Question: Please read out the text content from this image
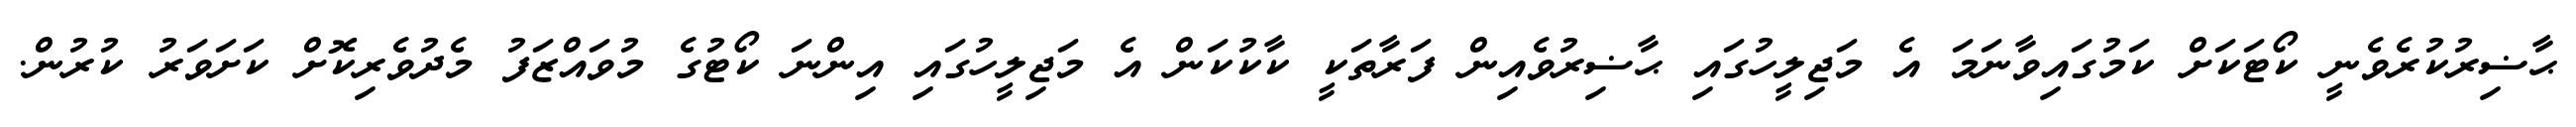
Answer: ޙާޟިރުކުރެވެނީ ކޯޓަކަށް ކަމުގައިވާނަމަ އެ މަޖިލީހުގައި ޙާޟިރުވެއިން ފަރާތަކީ ކާކުކަން އެ މަޖިލީހުގައި އިންނަ ކޯޓުގެ މުވައްޒަފު މެދުވެރިކޮށް ކަށަވަރު ކުރުން.